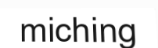
miching